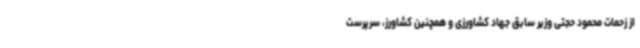
از زحمات محمود حجتی وزیر سابق جهاد کشاورزی و همچنین کشاورز، سرپرست